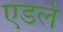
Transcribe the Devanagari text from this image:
एडले